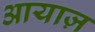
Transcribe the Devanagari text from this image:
आयाज़